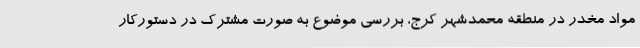
مواد مخدر در منطقه محمدشهر کرج، بررسی موضوع به صورت مشترک در دستورکار